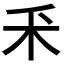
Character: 𫀦